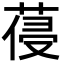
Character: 葠